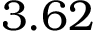
3 . 6 2